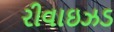
રીવાઇઝડ